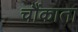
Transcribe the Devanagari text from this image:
चौंकाता